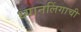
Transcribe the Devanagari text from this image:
ध्यानलिंगाची